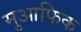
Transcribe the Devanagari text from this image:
मुआफिक